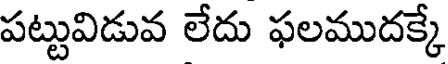
పట్టువిడువ లేదు ఫలముదక్కే